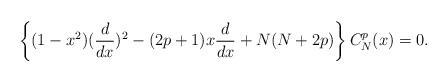
LaTeX: \begin{align*}\left\{ (1-x^2)({d\over dx})^2 - (2p+1)x {d\over dx} + N(N+2p)\right \}C_{N}^{p}(x)= 0.\end{align*}